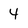
Character: 4